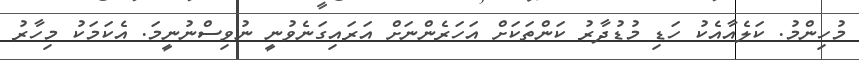
މުހިންމު. ކަލެއާއެކު ހަޑި މުޑުދާރު ކަންތަކަށް އަހަރެންނަށް އަރައިގަނެވުނީ ނުވިސްނުނީމަ. އެކަމަކު މިހާރު